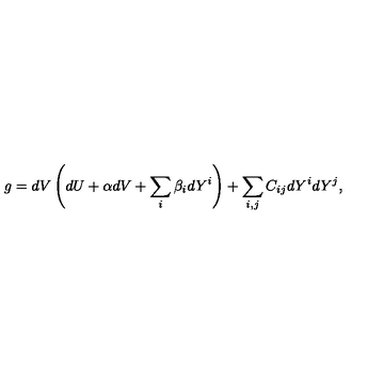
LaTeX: g = d V \left( d U + \alpha d V + \sum _ { i } \beta _ { i } d Y ^ { i } \right) + \sum _ { i , j } C _ { i j } d Y ^ { i } d Y ^ { j } ,